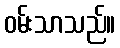
ဝမ်းသာသည်။